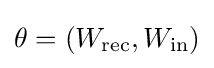
\theta =(W_{\text{rec}},W_{\text{in}})